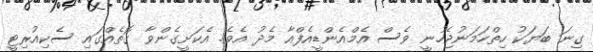
ގިނަ ބަޔަކު ހިތްހަމަނުޖެހުނީ ވެސް އެމްއެންޑީއެފްއާ މެދު އެވެ. އެކަށީގެންވާ ގޮތެއްގައި ސެކިއުރިޓީ